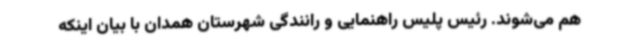
هم می‌شوند. رئیس پلیس راهنمایی و رانندگی شهرستان همدان با بیان اینکه